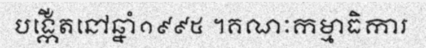
បង្កើតនៅឆ្នាំ១៩៩៥ ។គណៈកម្មាធិការ